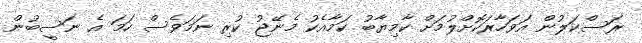
ރަސްކަލުން އަވަހާރަކޮށްލުމަށް ކާމިޔާބު ކަމާއެކު މެނޭޖު ކުރި ނަމަވެސް ހަމަ އެ ނަސީބުން